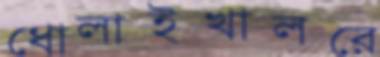
ধোলাইখালরে